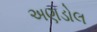
અણડોલ